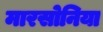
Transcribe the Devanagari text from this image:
मारसोनिया